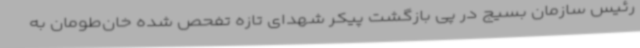
رئیس سازمان بسیج در پی بازگشت پیکر شهدای تازه تفحص شده خان‌طومان به